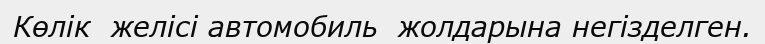
Көлік  желісі автомобиль  жолдарына негізделген.